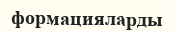
формацияларды